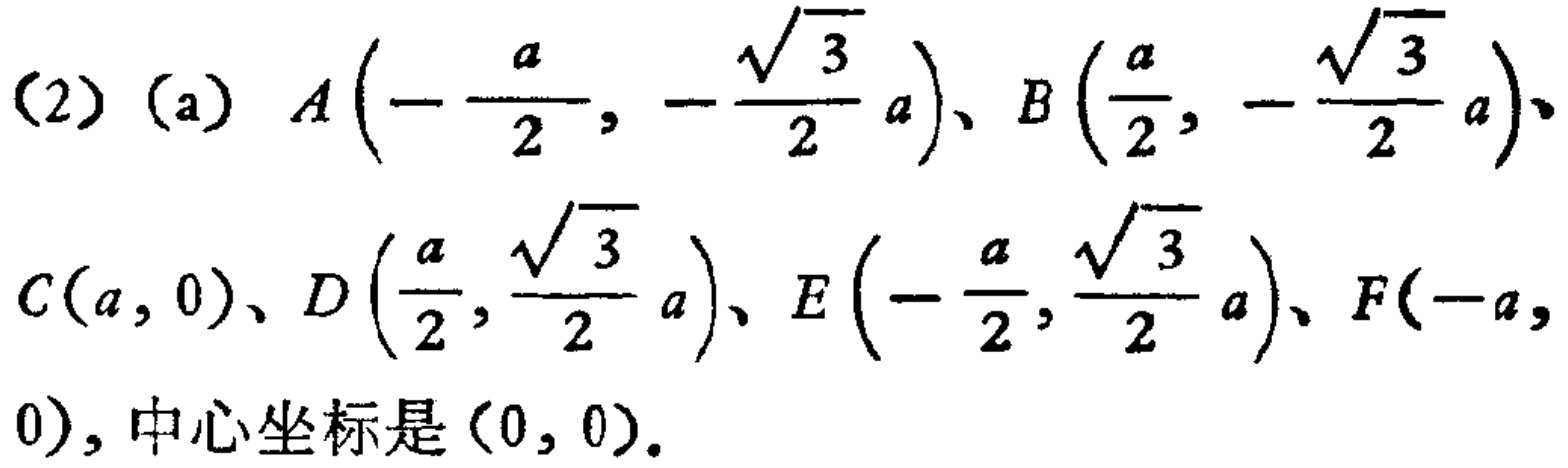
(2) (a) \(A\left(-\frac{a}{2},-\frac{\sqrt{3}}{2}a\right)\)、\(B\left(\frac{a}{2},-\frac{\sqrt{3}}{2}a\right)\)、\(C(a,0)\)、\(D\left(\frac{a}{2},\frac{\sqrt{3}}{2}a\right)\)、\(E\left(-\frac{a}{2},\frac{\sqrt{3}}{2}a\right)\)、\(F(-a,0)\)，中心坐标是\((0,0)\)。